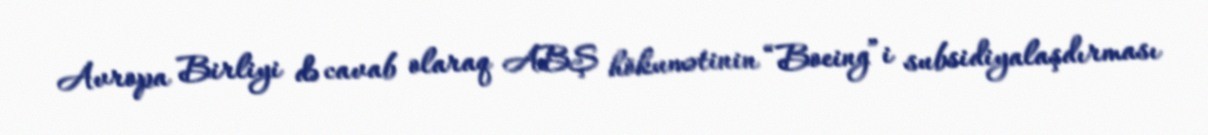
Avropa Birliyi də cavab olaraq ABŞ hökumətinin “Boeing”i subsidiyalaşdırması